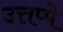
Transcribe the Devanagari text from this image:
उत्तप्पे